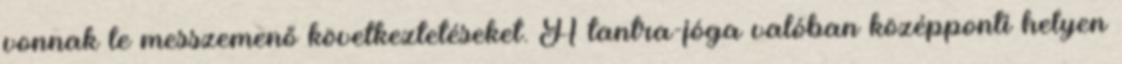
vonnak le messzemenő következtetéseket. A tantra-jóga valóban középponti helyen